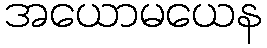
အယောမယေန